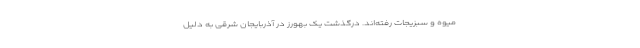
میوه و سبزیجات رفته‌اند. درگذشت یک بهورز در آذربایجان ‌شرقی به دلیل